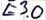
Text: E3.0